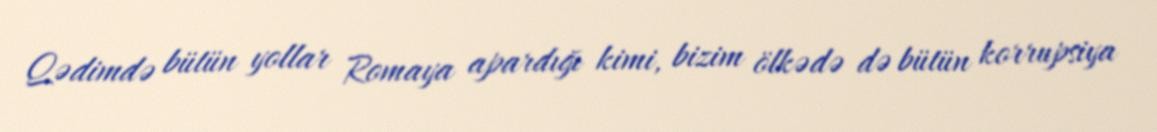
Qədimdə bütün yollar Romaya apardığı kimi, bizim ölkədə də bütün korrupsiya